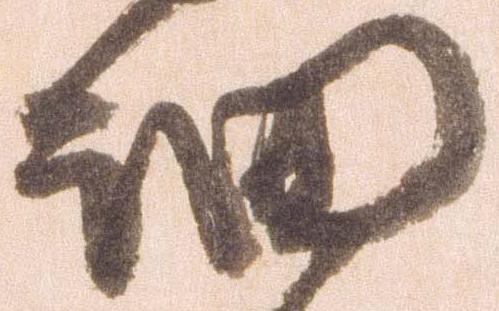
細